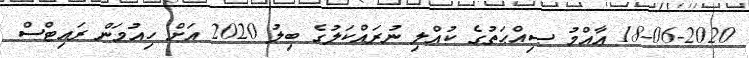
18-06-2020 ޢާއްމު ޞިއްޙަތުގެ ކުއްލި ނުރައްކަލުގެ ބިލު 2020 އަށް ހިއުމަން ރައިޓްސް